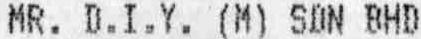
MR. D.I.Y. (M) SDN BHD